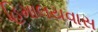
હિમાલયવાસ